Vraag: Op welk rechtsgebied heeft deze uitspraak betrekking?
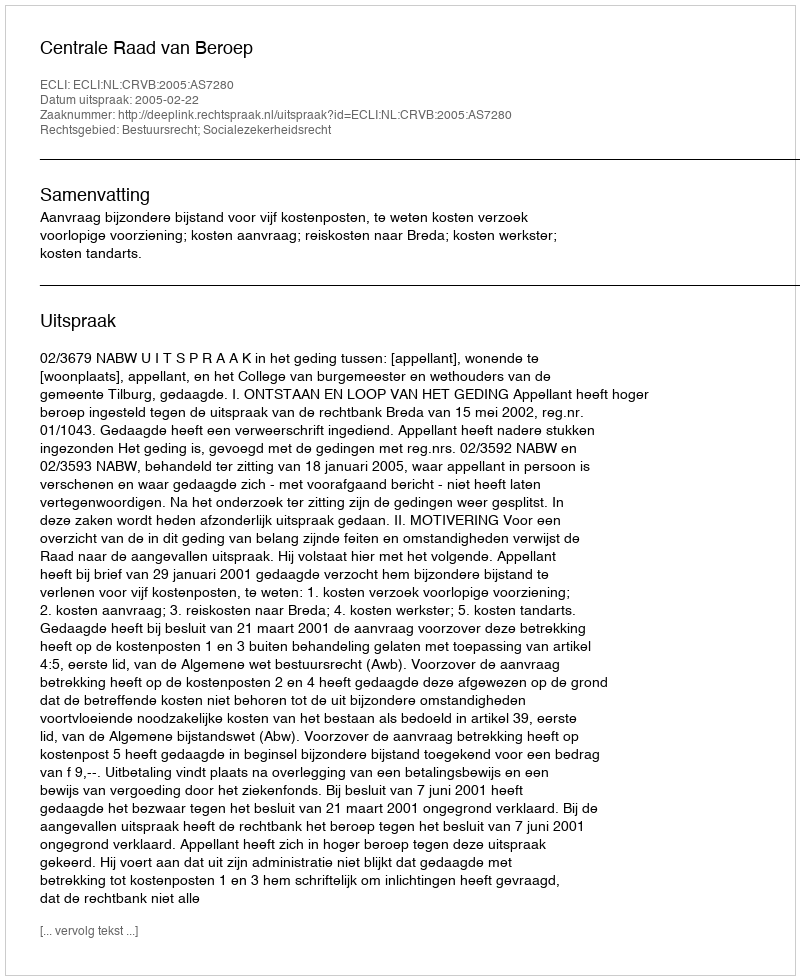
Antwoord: Bestuursrecht; Socialezekerheidsrecht